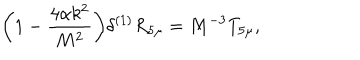
\bigg ( 1 - \frac { 4 \alpha k ^ { 2 } } { M ^ { 2 } } \bigg ) \delta ^ { ( 1 ) } R _ { 5 \mu } = M ^ { - 3 } T _ { 5 \mu } , \,